Memorandum on the prevention of leprosy by segregation of the affected
Disease focus: Leprosy
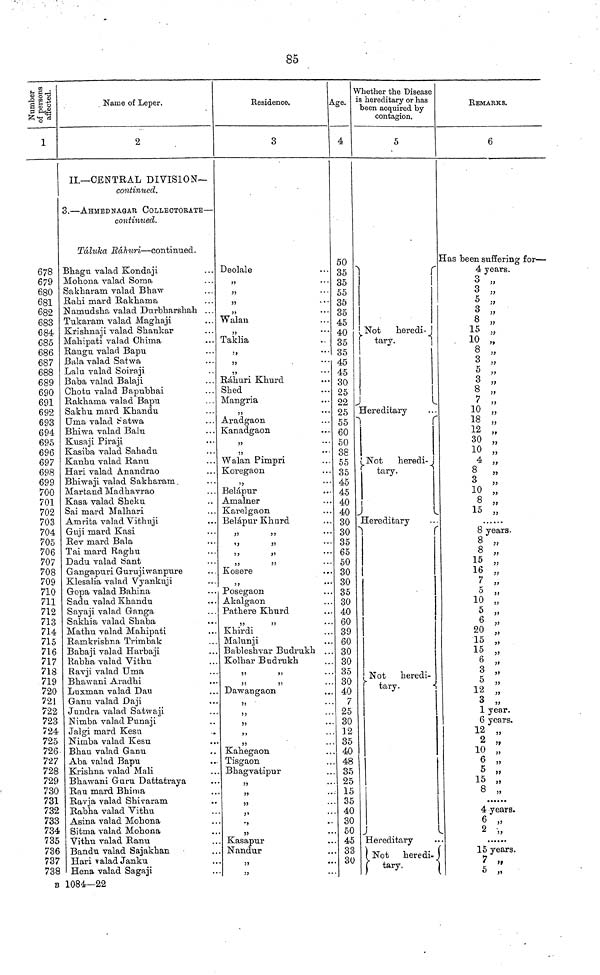
85
Number of persons affected.
1
678
679
680
681
682
683
684
685
686
687
688
689
690
691
692
693
694
695
696
697
698
699
700
701
702
703
704
705
706
707
708
709
710
711
712
713
714
715
716
717
718
719
720
721
722
723
724
725
726
727
728
729
730
731
732
733
734
735
736
737
738
8
Name of Leper,
2
II.—CENTRAL DIVISION—
continued.
3.—AHMEDNAGAR COLLECTOEATE—
continued.
Táluka
Ráiuri—continued.
Bhagu valad Kondaji
Mohona valad Soma
Sakhararn valad Bhaw
Rahi mard Rakhama
Namudsha valad Durbharshah ...
Tukaram valad Maghaji
Krishnaji valad Shankar
Mahipati valad Chima
Rangu valad Bapu
Bala valad Satwa
Lalu valad Soiraji
Baba valad Balaji
Chotu valad Bapubhai
Rakhama valad Bapu
Sakhu mard Khandu
Uma valad Satwa
Bhiwa valad Balu
Kusaji Piraji
Kasiba valad Sahadu
Kanhu valad Ranu
Hari valad Anandrao
Bhiwaji valad Sakharam.
Martand Madhavrao
Kasa valad Sheku
Sai mard Malhari
Amrita valad Vithuji
Guji mard Kasi
Rev mard Bala
Tai mard Raghu
Dadu valad Sant
Gangapuri Gurujiwanpure
Klesalia valad Vyankuji
Gopa valad Bahina
Sadu valad Khandu
Sayaji valad Ganga
Sakhia valad Shaba
Mathu valad Mahipati
Ramkrishna Trimbak
Babaji valad Harbaji
Rabha valad Vithu
Ravji valad Uma
Bhawani Aradhi
Luxman valad Dan
Ganu valad Daji
Jundra valad Satwaji
Nimba valad Punaji
Jalgi mard Kesu
Nimba valad Kesu
Bhau valad Ganu
Aba valad Bapu
Krishna valad Mali
Bhawani Guru Dattatraya
Rau mard Bhima
Ravja valad Shivaram.
Rabha valad Vithu
Asina valad Mohona
Sitma valad Mohona
Vithu valad Ranu
Bandu valad Sajakhan
Hari valad Janku
Hena valad Sagaji
1084—22
Residence.
3
Deolale
35
J3
,,
,,
Walan
,,
...
Taklia
5>
,,
...
Ráhuri Khurd
Shed
Mangria
,,
• • •
Aradgaon
Kanadgaon
,,
,,
••'
Walan Pimpri
Koregaon
Belápur
Amalner
Karelgaon
Belápur Khurd
,, ,,
,, ,,
55
J3
,,
,,
• •
Kosere
,,
••
Posegaon
Akalgaon
Pathere Khurd
Khirdi
Malunji
Bableshvar Budrukh ..
Kolhar Budrukh
,,
,,
• •
,,
,,
• •
Dawangaon
,,
,,
,,
Kahegaon
Tisgaon
Bhagvatipur
,,
• •
,,
,, ,,
,,
• *
,,
Kasapur
Nandur
,,
Age.
4
50
35
35
45
40
35
45
40
35
35
45
45
25
22
25
55
60
50
38
55
35
45
45
40
40
30
30
35
65
50
30
30
35
30
40
60
39
60
30
30
35
30
40
7
25
30
1 2
35
. 40
48
35
25
15
. 35
. 40
30
. 50
. 45
. 33
30
Whether the Disease
is hereditary or has
been acquired by
contagion.
5
Not
heredi-
tary.
Hereditary
Not
heredi-
tary.
|
Hereditary
Not heredi-
tary.
Hereditary
Not heredi-
tary.
REMARKS.
6
Has been suffering for—
4 years.
3 „
3 „
5 „
3 „
8 „
15 „
10 ,,
8 „
3 „
5 „
3 „
8 ,,
10 ,,
18 „
12 ,,
30 „
10 „
4 „
8 „
3 „
10 „
8 „
15 „
8 years.
8 .,
8 ,,
15 „
16 „
5 „
10 „
5 „
6 ,
20 „
15 „
6 „
3 ,
5 „
12 „
3 „
1 year.
6 years.
12 „
2 „
10 „
6 „
5 „
15 „
8 „
4 years.
6 ,,
2 „
15 years.
7 ,,
5 ,,